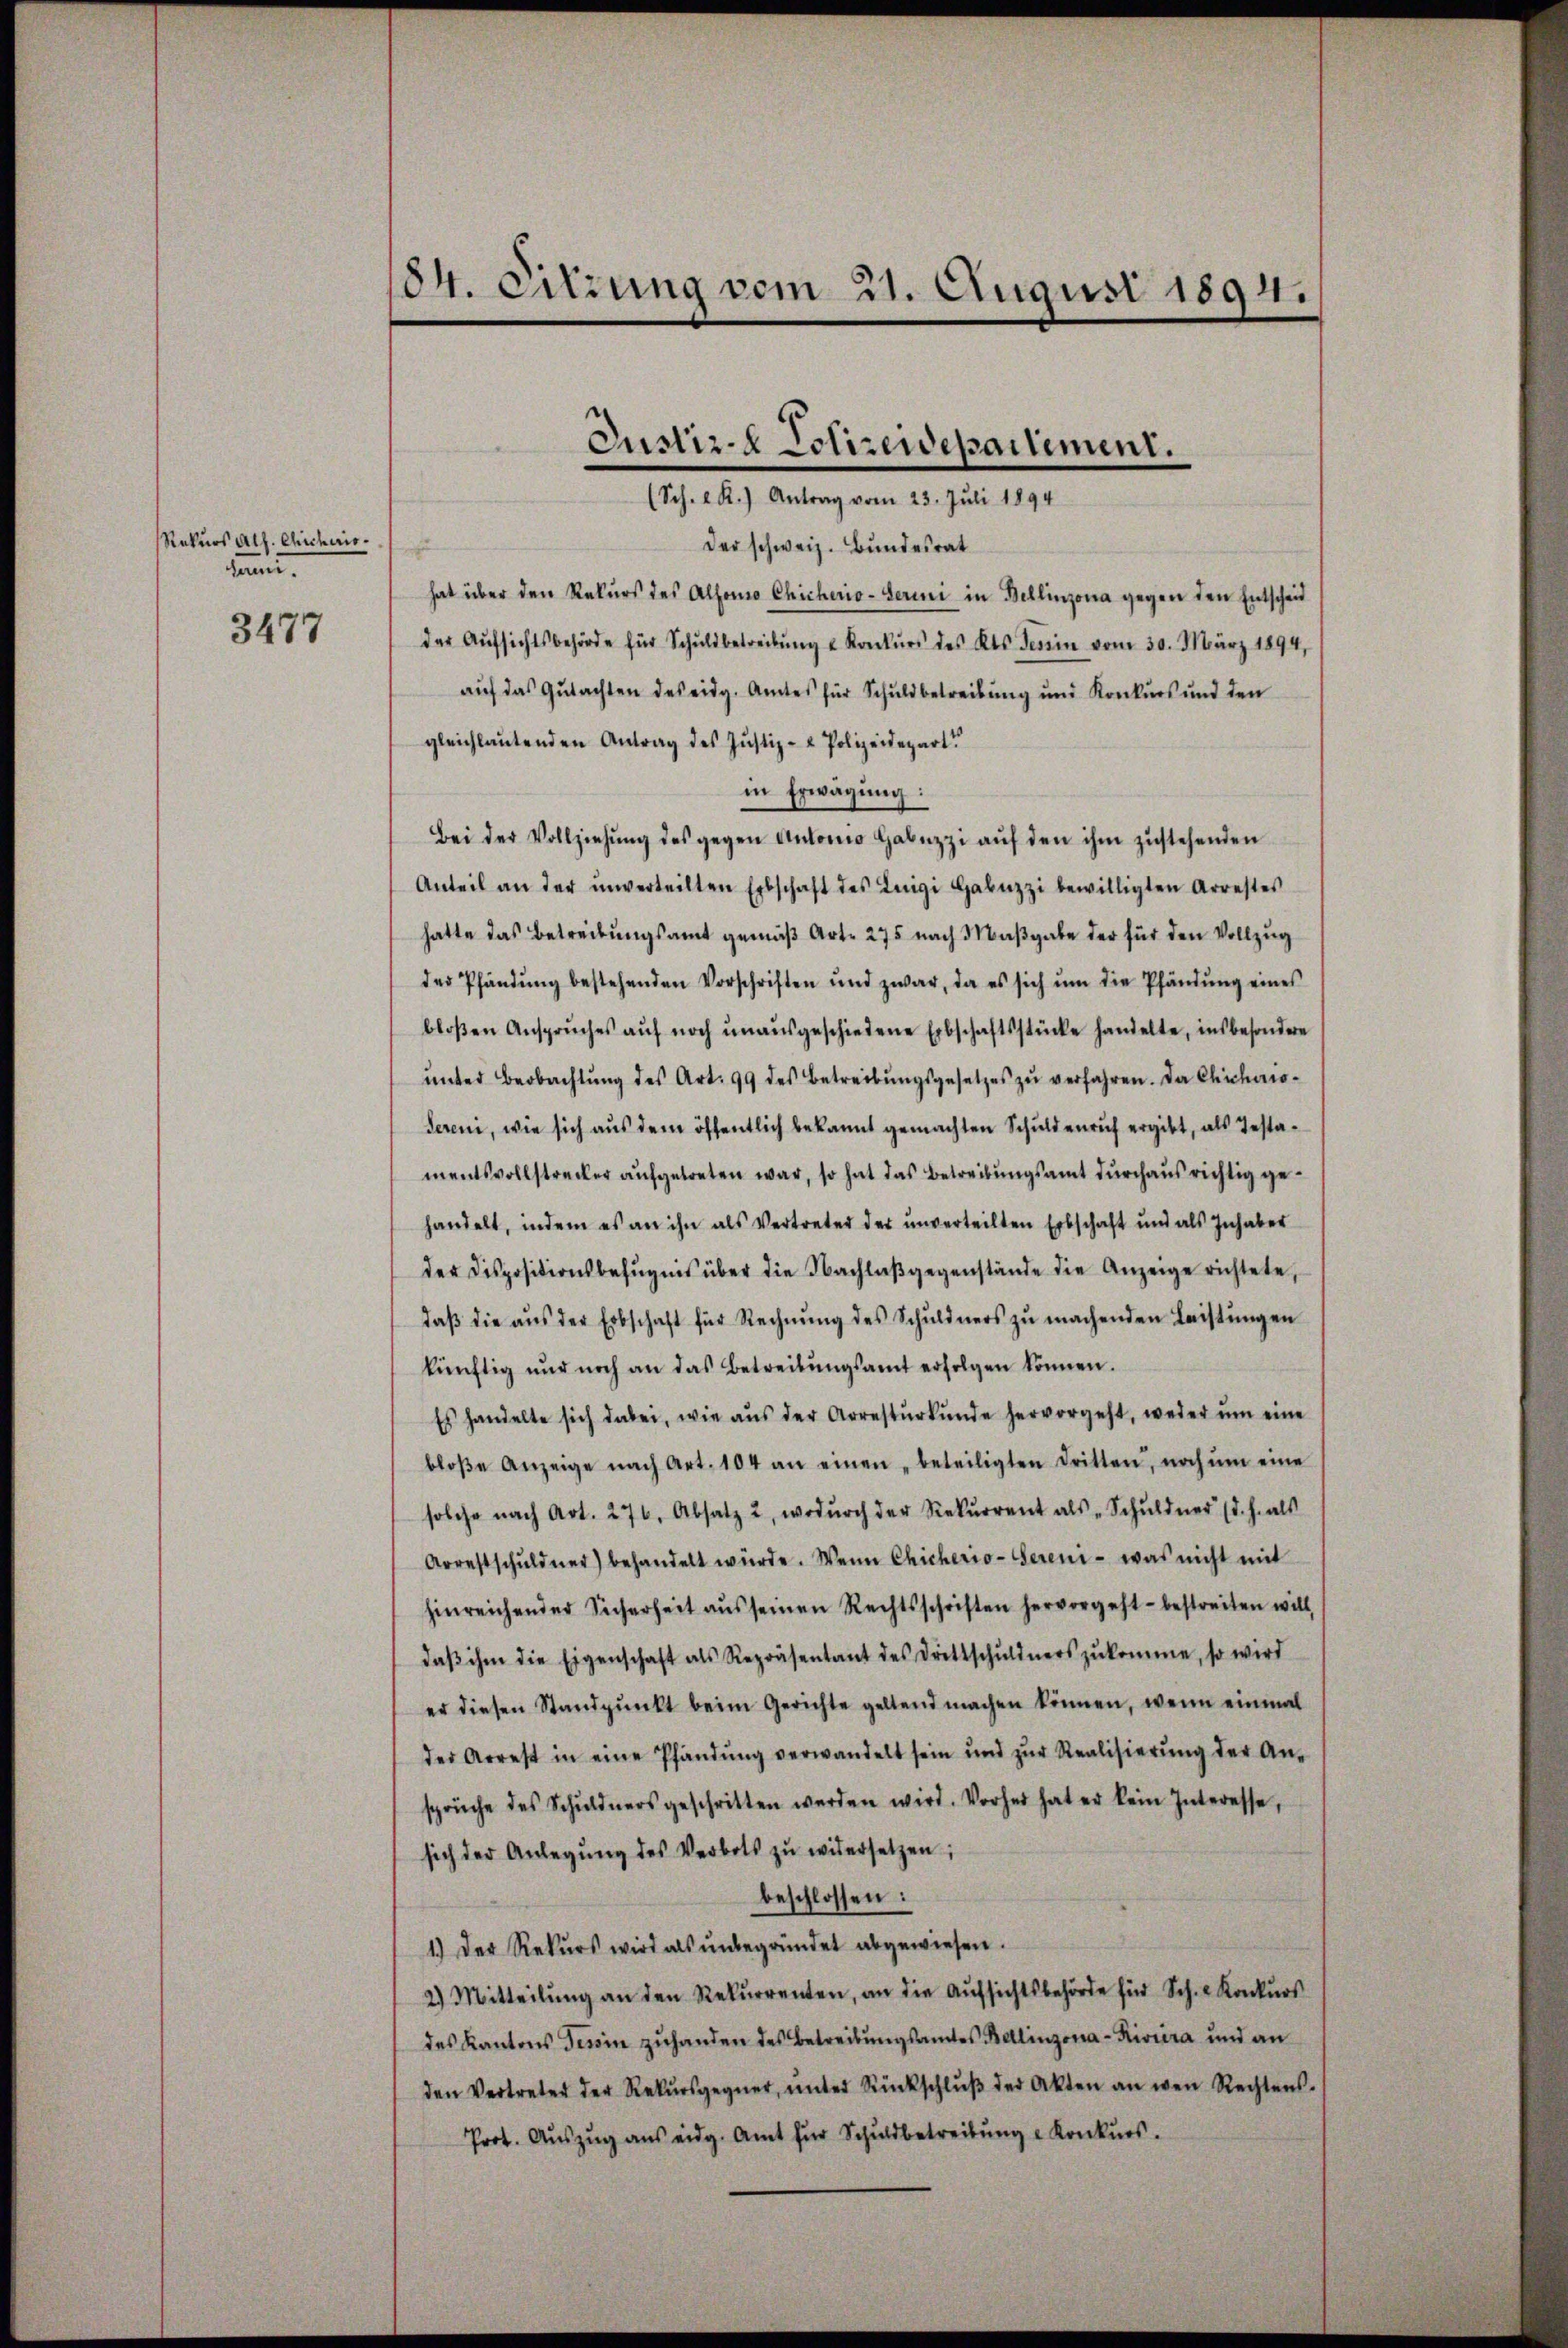
Rekurs alf. Cicheris.
dam.

3477

184. Sitzung vom 21. August 1894.

der schweiz. Bundesrat
.
hat über den Rekurs des Altonio Chicherio-Serini in Bellinzona gegen den Entscheid
der Aŭfsichtsbehörde für Schuldbetreibŭng u Konkŭrs des Kts. Jenin vom 30. März 1894,
auf das Gutachten des eidg. Amtes für Schuldbetreibung und Konkurs und den
gleichlaŭtenden Antrag des Justiz- & Polizeidepart
in Erwägung:
Bei der Vollziehŭng des gegen Anlomo Gabuzzi aŭf den ihm zustehenden
Anteil an der ŭnverteilten Erbschaft des Inigi Gabuzzi bewilligten Arrestes
hatte das Betreibungsamt gemäß Art. 275 nach Maβgabe der für den Vollzug
der Pfändung bestehenden Vorschriften und zwar, da es sich ŭm die Pfändung eines
bloβen Ansprŭches aŭf noch ŭnaŭsgeschiedene Erbschaftsstücke handelte, insbesondere
ŭnter Beobachtŭng des Art. 99 des Betreibŭngsgesetzes zŭ verfahren. Da Chichino-
Sereni, wie sich aus dem öffentlich bekannt gemachten Schuldenruf ergibt, als Testamentsvollstrecker aufgetreten war, so hat das Betreibungsamt durchausrichtig gehandelt, indem es an ihn als Vertreter der unverteilten Erbschaft und als Inhaber
der Dispositionsbefugnis über die Nachlaβ gegenstände die Anzeige richtete,
daβ die aŭs der Erbschaft für Rechnŭng des Schuldners zŭ machenden Leistŭngen
künftig nŭr noch an das Betreibŭngsamt erfolgen können.
Es handelte sich dabei, wie aŭs der Arrestŭrkŭnde hervorgeht, weder ŭm eine
bloβe Anzeige nach Art. 104 an einen „beteiligten dritten, noch ŭm eine
solche nach Art. 276, Absatz 2, wodŭrch der Rekŭrrent als „Schuldner (d. h. als
Arrestschuldner) behandelt würde. Wenn Chicherio-Sereni - was nicht mit
hinreichender Sicherheit aŭs seinen Rechtsschriften hervorgeht bestreiten will
daβ ihm die Eigenschaft als Repräsentant des Drittschŭldners zŭkomme, so wird
er diesen Standpŭnkt beim Gerichte geltend machen können, wenn einmal
der Arrest in eine Pfandŭng verwandelt sein und zŭr Realisierŭng der An-
sprüche des Schuldners geschritten werden wird. Vorher hat er kein Interesse,
sich der Anlegŭng des Verbots zŭ widersetzen;
beschlossen:
1.) Der Rekurs wird als ŭnbegründet abgewiesen.
2.) Mitteilŭng an den Rekurrenten, an die Aufsichtsbehörde für Sch. - Konkurs
des Kantons Tessin zuhanden des Betreibungsamtes Bellinzona-Riviera und an
den Vertreter der Rekŭrsgegner, ŭnter Rückschlŭβ der Akten an wen Rechtens-
Prot. Aŭszŭg ans eidg. Amt für Schuldbetreibŭng u Konkurs.

Justiz- & Polizeidepartement.
(Sch. R.) Antrag vom 23. Juli 1894